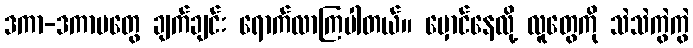
ဒကာ-ဒကာမတွေ ချက်ချင်း ရောက်လာကြပါတယ်။ မှောင်နေလို့ လူတွေကို သဲသဲကွဲကွဲ